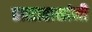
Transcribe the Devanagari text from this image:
तासातासांनी